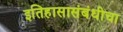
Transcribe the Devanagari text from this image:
इतिहासासंबंधीचा